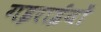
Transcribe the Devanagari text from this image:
गइराईयों